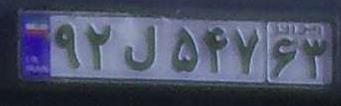
۹۲ل۵۴۷۶۳